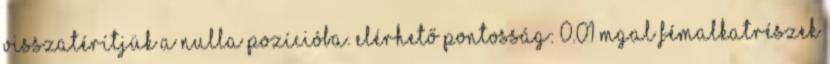
visszatérítjük a nulla pozícióba. Elérhető pontosság: 0.01 mgal Fémalkatrészek